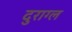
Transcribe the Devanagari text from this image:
दुराग्ल